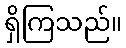
ရှိကြသည်။